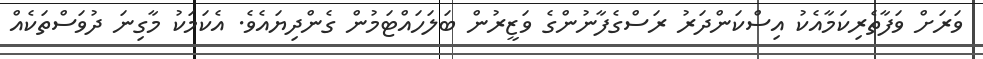
ވަރަށް ވަފާތެރިކަމާއެކު އިސްކަންދަރު ރަސްގެފާނުންގެ ވަޒީރުން ބަލަހައްޓަމުން ގެންދިޔައެވެ. އެކަމަކު މާގިނަ ދުވަސްތަކެއް